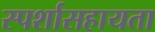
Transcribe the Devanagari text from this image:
स्पर्शासहायता